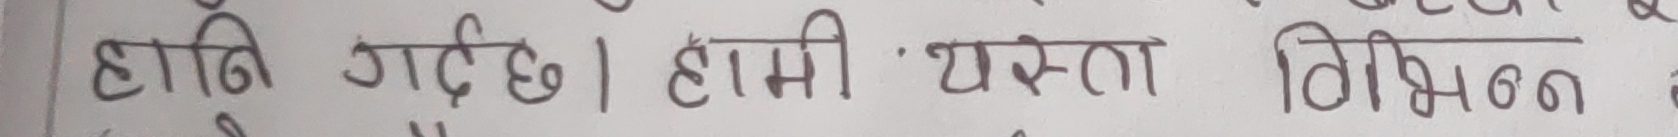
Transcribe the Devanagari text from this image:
हानि गर्दछ । हामी यस्ता शिक्षण